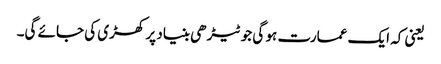
یعنی کہ ایک عمارت ہو گی جو ٹیڑھی بنیاد پر کھڑی کی جائے گی۔